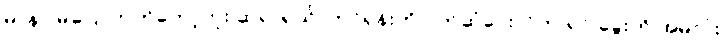
မာနာ မပြောတတ်တော့ဘူး ဆရာရယ်၊ ဘင်ရှန်းကို ပိုက်ဆံပေးလိုက် ရင် ခွေးကို အမဲလုံး